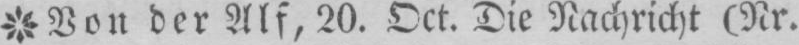
der Alf, 20. Oct. Die Nachricht (Nr.